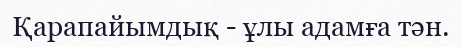
Қарапайымдық - ұлы адамға тән.